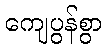
ကျေပွန်စွာ